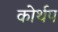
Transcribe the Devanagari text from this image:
कोर्थप